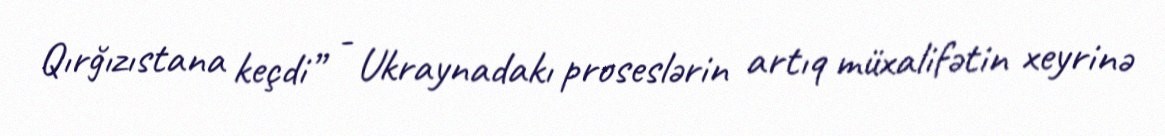
Qırğızıstana keçdi” - Ukraynadakı proseslərin artıq müxalifətin xeyrinə